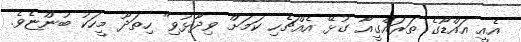
އެއީ އައްޑޫގެ ތަރައްގީއާ ގުޅޭ އެއްޗެހި ކަމަށް ވިދާޅުވި" ހިތަދޫ މީހަކު ބުންޏެވެ.